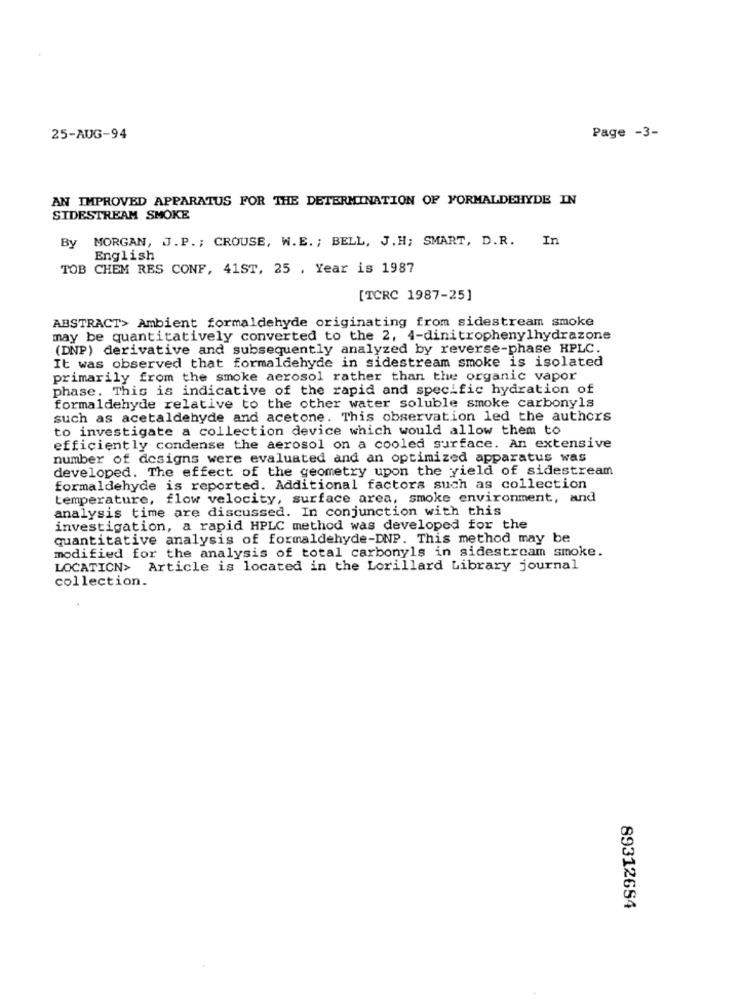
25-AUG-94
Page -3-
AN IMPROVED APPARATUS FOR THE DETERMINATION OF FORMALDEHYDE IN
SIDESTREAM SMOKE
By MORGAN, J. P. ; CROUSE, W.E. ; BELL, J. H; SMART, D.R. In
English
TOB CHEM RES CONF, 41ST, 25 . Year is 1987
[TCRC 1987-25]
ABSTRACT> Ambient formaldehyde originating from sidestream smoke
may be quantitatively converted to the 2, 4-dinitrophenylhydrazone
(DNP) derivative and subsequently analyzed by reverse-phase HPLC.
It was observed that formaldehyde in sidestream smoke is isolated
primarily from the smoke aerosol rather than the organic vapor
phase. This is indicative of the rapid and specific hydration of
formaldehyde relative to the other water soluble smoke carbonyls
such as acetaldehyde and acetone. This observation led the authors
to investigate a collection device which would allow them to
efficiently condense the aerosol on a cooled surface. An extensive
number of designs were evaluated and an optimized apparatus was
developed. The effect of the geometry upon the yield of sidestream
formaldehyde is reported. Additional factors such as collection
temperature, flow velocity, surface area, smoke environment, and
analysis time are discussed. In conjunction with this
investigation, a rapid HPLC method was developed for the
quantitative analysis of formaldehyde-DNP. This method may be
modified for the analysis of total carbonyls in sidestream smoke.
LOCATION> Article is located in the Lorillard Library journal
collection.
89312654